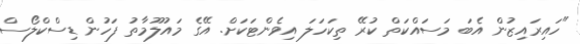
"ހައިރައިޒުން އެބަ މަސައްކަތް ކުރޭ ތިކަހަލަ އިވެންޓަކަށް. އޭގެ މައުލޫމާތު ފަހުން ޑިސްކްލޯސް